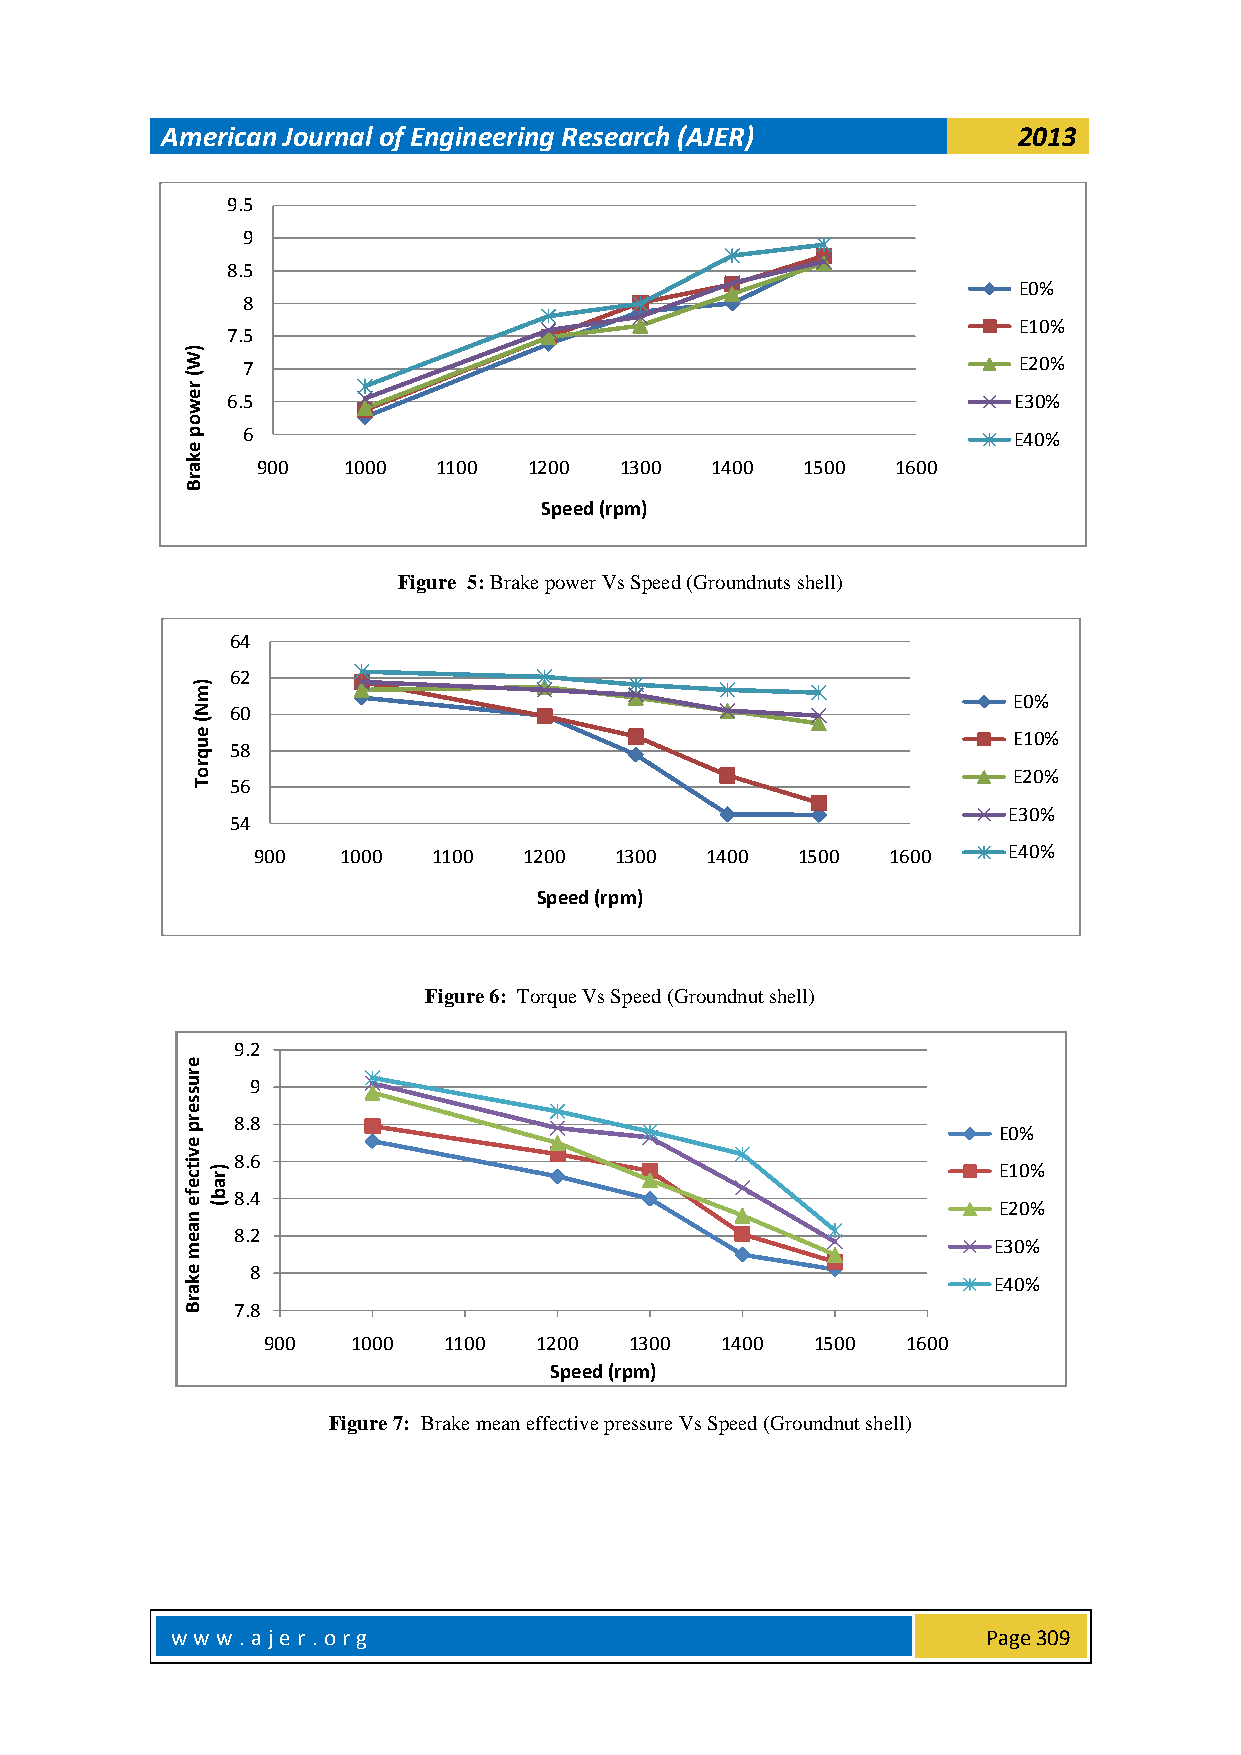
American Journal of Engineering Research (AJER)         2013
 9.5
 9
 8.5
 E0%
 8
 E10%
 7.5
 )
 W   7                                                  E20%
 (
 r
 e w 6.5                                                E30%
 o
 p
 e
 6                                                  E40%
 k
 a    900   1000  1100  1200  1300  1400  1500  1600
 r
 B
 Speed (rpm)
 Figure 5: Brake power Vs Speed (Groundnuts shell)
 64
 62
 )
 m
 E0%
 N 60
 (
 e                                                     E10%
 u 58
 q
 r
 o                                                     E20%
 T 56
 E30%
 54
 900   1000  1100  1200  1300  1400  1500  1600    E40%
 Speed (rpm)
 Figure 6: Torque Vs Speed (Groundnut shell)
 9.2
 e
 r
 u    9
 s
 s
 e
 r p 8.8                                               E0%
 e
 v it c) r8.6                                          E10%
 ea
 f e nb (8.4                                           E20%
 a e m 8.2                                             E30%
 e    8
 k                                                     E40%
 a
 r
 B  7.8
 900   1000  1100  1200   1300  1400  1500  1600
 Speed (rpm)
 Figure 7: Brake mean effective pressure Vs Speed (Groundnut shell)
 w w w .aje r. o rg                                    Page 309